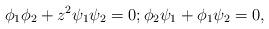
LaTeX: \begin{align*}\phi_{1} \phi_{2} + z^{2} \psi_{1} \psi_{2} = 0; \phi_{2} \psi_{1} + \phi_{1} \psi_{2} = 0,\end{align*}